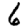
Digit: 6